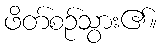
ဖိတ်စဉ်သွား၏။